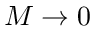
M \rightarrow 0